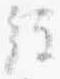
経